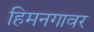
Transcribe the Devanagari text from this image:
हिमनगावर